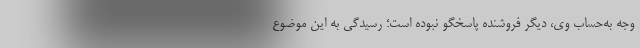
وجه به‌حساب وی، دیگر فروشنده پاسخگو نبوده است؛ رسیدگی به این موضوع